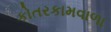
કોતરકામવાળા